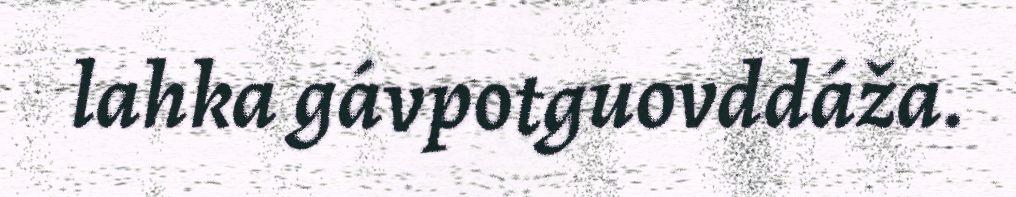
lahka gávpotguovddáža.